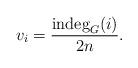
LaTeX: \begin{align*} v_i = \frac{{\hbox{indeg}}_{G}(i)}{2n}.\end{align*}